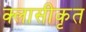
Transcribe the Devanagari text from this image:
क्लासीकृत